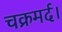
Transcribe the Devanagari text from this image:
चक्रमर्द।